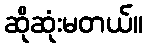
ဆိုဆုံးမတယ်။